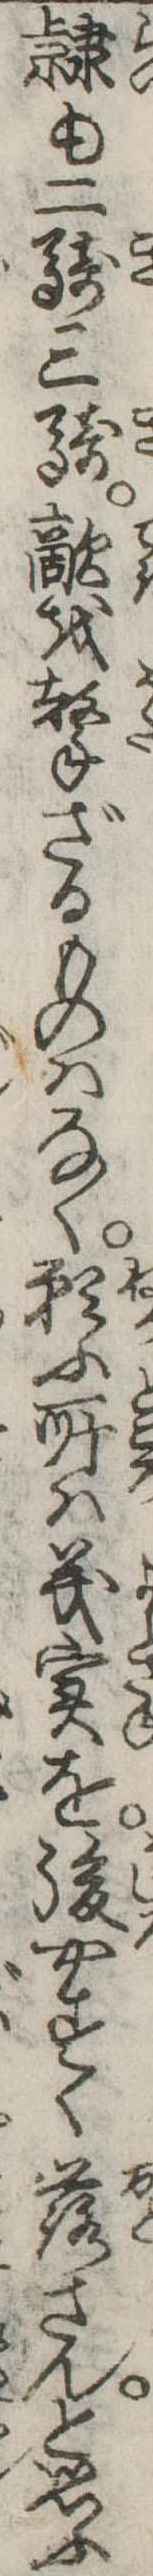
隷も二騎三騎敵を撃ざるものはなく願ふ所は義実を後やすく落さんと思ふ